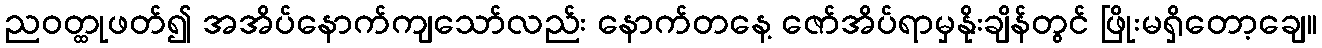
ညဝတ္ထုဖတ်၍ အအိပ်နောက်ကျသော်လည်း နောက်တနေ့ ဇော်အိပ်ရာမှနိုးချိန်တွင် ဖြိုးမရှိတော့ချေ။